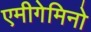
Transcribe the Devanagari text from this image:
एमीगेमिनो